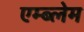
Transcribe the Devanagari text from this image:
एम्ब्लेम